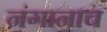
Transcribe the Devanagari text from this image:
नंगानाच